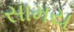
સામય